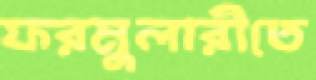
ফরমুলারীতে